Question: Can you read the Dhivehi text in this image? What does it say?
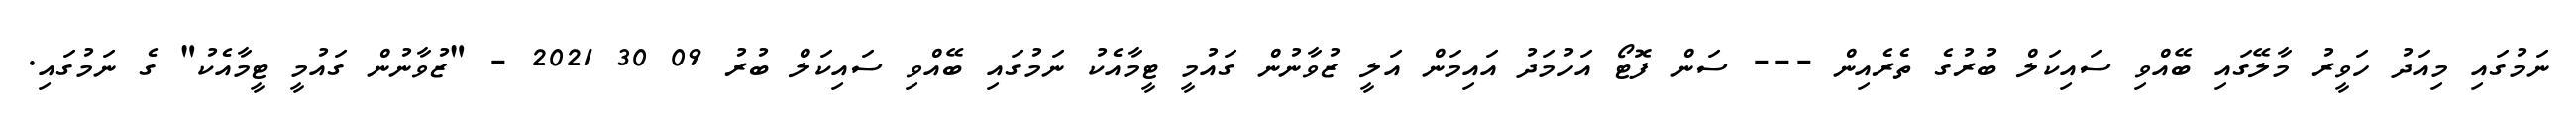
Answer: ނަމުގައި މިއަދު ހަވީރު މާލޭގައި ބޭއްވި ސައިކަލް ބުރުގެ ތެރެއިން --- ސަން ފޮޓޯ އަހުމަދު އައިމަން އަލީ ޒުވާނުން ގައުމީ ޓީމާއެކު ނަމުގައި ބޭއްވި ސައިކަލް ބުރު 09 30 2021 - "ޒުވާނުން ގައުމީ ޓީމާއެކު" ގެ ނަމުގައި.